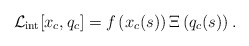
\begin{align*}{\cal L}_{\rm int}[x_c,q_c] = f \left( x_c(s)\right) \Xi\left( q_c(s)\right). \end{align*}